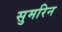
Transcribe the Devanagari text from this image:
सुमरिन